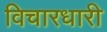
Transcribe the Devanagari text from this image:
विचारधारी